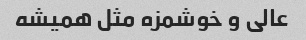
عالی و خوشمزه مثل همیشه